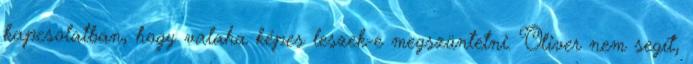
kapcsolatban, hogy valaha képes leszek-e megszüntetni. Oliver nem segít,